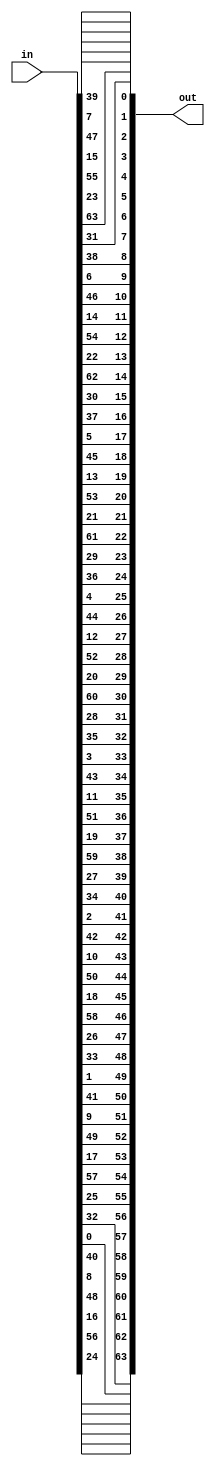
`timescale 1ns / 1ps
//////////////////////////////////////////////////////////////////////////////////
// Company: 
// Engineer: 
// 
// Design Name: 
// Module Name: Final_Permutation
// Project Name: 
// Target Devices: 
// Tool Versions: 
// Description: 
// 
// Dependencies: 
// 
// Revision:
// Revision 0.01 - File Created
// Additional Comments:
// 
//////////////////////////////////////////////////////////////////////////////////


module Final_Permutation(in, out);
    input [1:64]in;
    output [0:63]out;
    assign out={
    in[40],
    in[8],
    in[48],
    in[16],
    in[56],
    in[24],
    in[64],
    in[32],
    in[39],
    in[7],
    in[47],
    in[15],
    in[55],
    in[23],
    in[63],
    in[31],
    in[38],
    in[6],
    in[46],
    in[14],
    in[54],
    in[22],
    in[62],
    in[30],
    in[37],
    in[5],
    in[45],
    in[13],
    in[53],
    in[21],
    in[61],
    in[29],
    in[36],
    in[4],
    in[44],
    in[12],
    in[52],
    in[20],
    in[60],
    in[28],
    in[35],
    in[3],
    in[43],
    in[11],
    in[51],
    in[19],
    in[59],
    in[27],
    in[34],
    in[2],
    in[42],
    in[10],
    in[50],
    in[18],
    in[58],
    in[26],
    in[33],
    in[1],
    in[41],
    in[9],
    in[49],
    in[17],
    in[57],
    in[25]
    };
endmodule